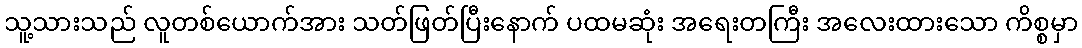
သူ့သားသည် လူတစ်ယောက်အား သတ်ဖြတ်ပြီးနောက် ပထမဆုံး အရေးတကြီး အလေးထားသော ကိစ္စမှာ